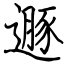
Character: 遯